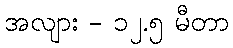
အလျား - ၁၂.၅ မီတာ